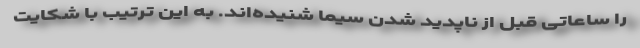
را ساعاتی قبل از ناپدید شدن سیما شنیده‌اند. به این ترتیب با شکایت